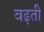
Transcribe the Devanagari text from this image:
वढ़ती